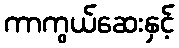
ကာကွယ်ဆေးနှင့်